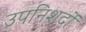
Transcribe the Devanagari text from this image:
उपनिशदों